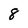
Character: 8